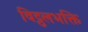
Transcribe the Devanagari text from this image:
विट्ठलभक्ति